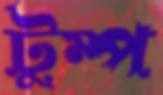
টুম্প